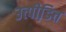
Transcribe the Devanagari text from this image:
उत्पीडि़त